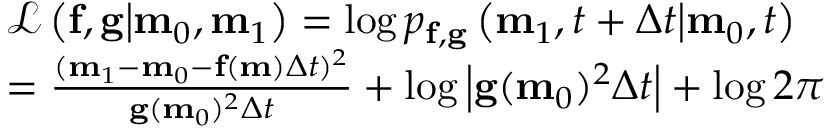
\begin{array} { r l r l } & { \mathcal { L } \left( \mathbf { f } , \mathbf { g } \middle | \mathbf { m } _ { 0 } , \mathbf { m } _ { 1 } \right) = \log p _ { \mathbf { f } , \mathbf { g } } \left( \mathbf { m } _ { 1 } , t + \Delta t \middle | \mathbf { m } _ { 0 } , t \right) } & & { } \\ & { = \frac { ( \mathbf { m } _ { 1 } - \mathbf { m } _ { 0 } - \mathbf { f } ( \mathbf { m } ) \Delta t ) ^ { 2 } } { \mathbf { g } ( \mathbf { m } _ { 0 } ) ^ { 2 } \Delta t } + \log \left| \mathbf { g } ( \mathbf { m } _ { 0 } ) ^ { 2 } \Delta t \right| + \log 2 \pi } \end{array}